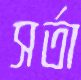
সর্তা